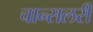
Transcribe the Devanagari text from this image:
चान्सलरी